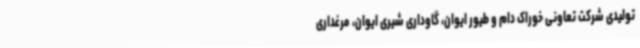
تولیدی شرکت تعاونی خوراک دام و طیور ایوان، گاوداری شیری ایوان، مرغداری